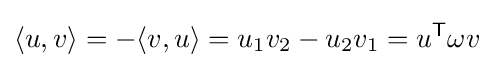
\langle u,v\rangle =-\langle v,u\rangle =u_{1}v_{2}-u_{2}v_{1}=u^{\textsf {T}}\omega v